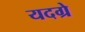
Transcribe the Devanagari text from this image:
यदग्रे